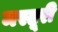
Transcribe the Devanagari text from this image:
मस्तूरी